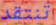
تنتقد